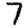
Digit: 7